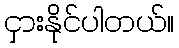
ငှားနိုင်ပါတယ်။